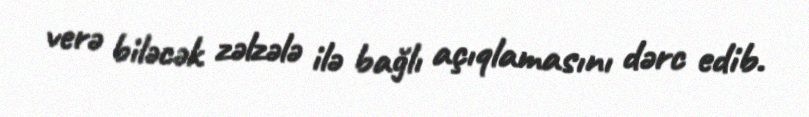
verə biləcək zəlzələ ilə bağlı açıqlamasını dərc edib.